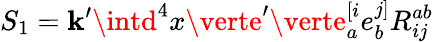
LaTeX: S_{1}=\mathbf{k}^{\prime}\intd^{4}x\verte^{\prime}\verte_{a}^{[i}e_{b}^{j]}R_{ij}^{ab}